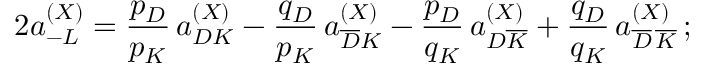
2 a _ { - L } ^ { ( X ) } = \frac { p _ { D } } { p _ { K } } \, a _ { D K } ^ { ( X ) } - \frac { q _ { D } } { p _ { K } } \, a _ { \overline { { D } } K } ^ { ( X ) } - \frac { p _ { D } } { q _ { K } } \, a _ { D \overline { { K } } } ^ { ( X ) } + \frac { q _ { D } } { q _ { K } } \, a _ { \overline { { D } } \, \overline { { K } } } ^ { ( X ) } \, ;